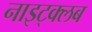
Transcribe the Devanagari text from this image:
नाइट्क्लब